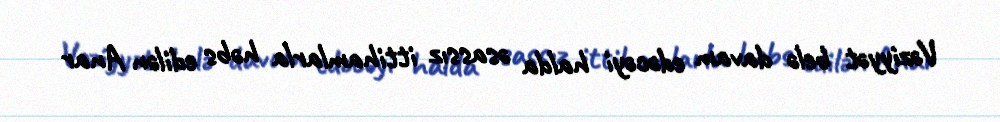
Vəziyyət belə davam edəcəyi halda əsassız ittihamlarla həbs edilən Anar